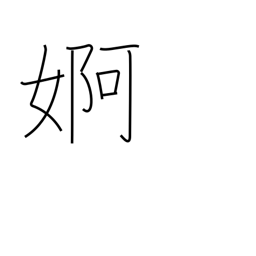
Meaning: flirtation